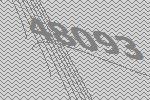
48093